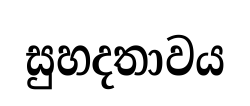
සුහදතාවය